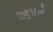
આ૫તો